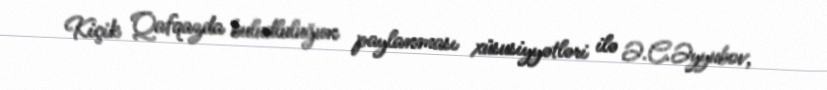
Kiçik Qafqazda buludluluğun paylanması xüsusiyyətləri ilə Ə.C.Əyyubov,